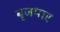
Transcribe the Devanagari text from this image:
बृजमार